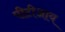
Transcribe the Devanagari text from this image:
पीटीआय